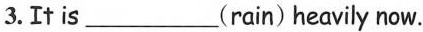
3.It is___(rain) heavily now.